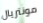
مونتريال